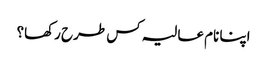
اپنا نام عالیہ کس طرح رکھا؟